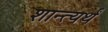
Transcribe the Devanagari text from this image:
शान्त्यर्थं